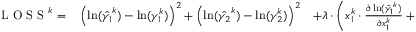
\begin{array} { r l r } { \mathrm { ~ L ~ O ~ S ~ S ~ } ^ { k } = } & { { } \left( \ln ( \hat { \gamma _ { 1 } } ^ { k } ) - \ln ( \gamma _ { 1 } ^ { k } ) \right) ^ { 2 } + \left( \ln ( \hat { \gamma _ { 2 } } ^ { k } ) - \ln ( \gamma _ { 2 } ^ { k } ) \right) ^ { 2 } } & { + \lambda \cdot \left( x _ { 1 } ^ { k } \cdot \frac { \partial \ln ( \hat { \gamma _ { 1 } } ^ { k } ) } { \partial x _ { 1 } ^ { k } } + x _ { 2 } ^ { k } \cdot \frac { \partial \ln ( \hat { \gamma _ { 2 } } ^ { k } ) } { \partial x _ { 1 } ^ { k } } \right) ^ { 2 } , } \end{array}